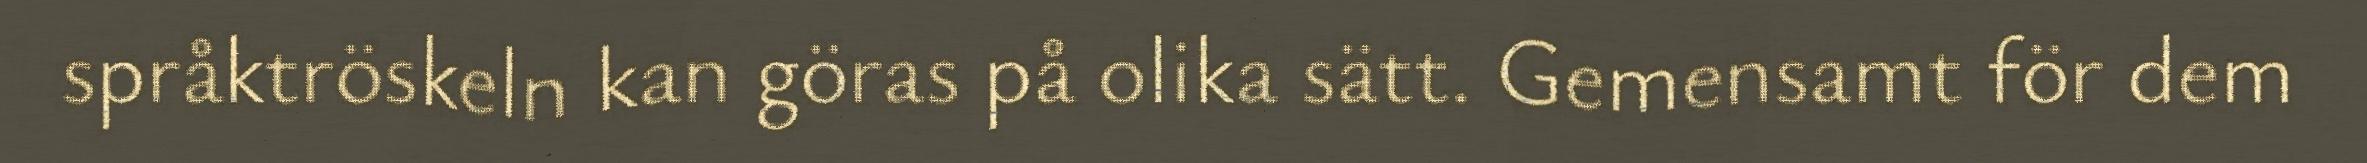
språktröskeln kan göras på olika sätt. Gemensamt för dem